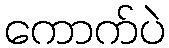
ကောက်ပဲ